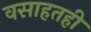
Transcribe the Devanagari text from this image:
वसाहतही